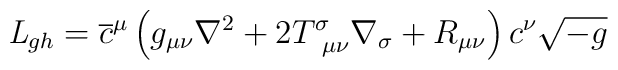
{\it L}_{gh}  = \overline{c}^\mu \left( g_{\mu \nu } \nabla^2  +2 T^\sigma_{~\mu \nu } \nabla_\sigma  + R_{\mu \nu } \right) c^\nu\sqrt{-g}